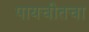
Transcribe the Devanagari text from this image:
पायचीतचा